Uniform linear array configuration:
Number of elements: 12
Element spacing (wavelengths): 1
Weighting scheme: kaiser
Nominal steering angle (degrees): -45
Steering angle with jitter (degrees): -45.167
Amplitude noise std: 0.05
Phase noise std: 0.05

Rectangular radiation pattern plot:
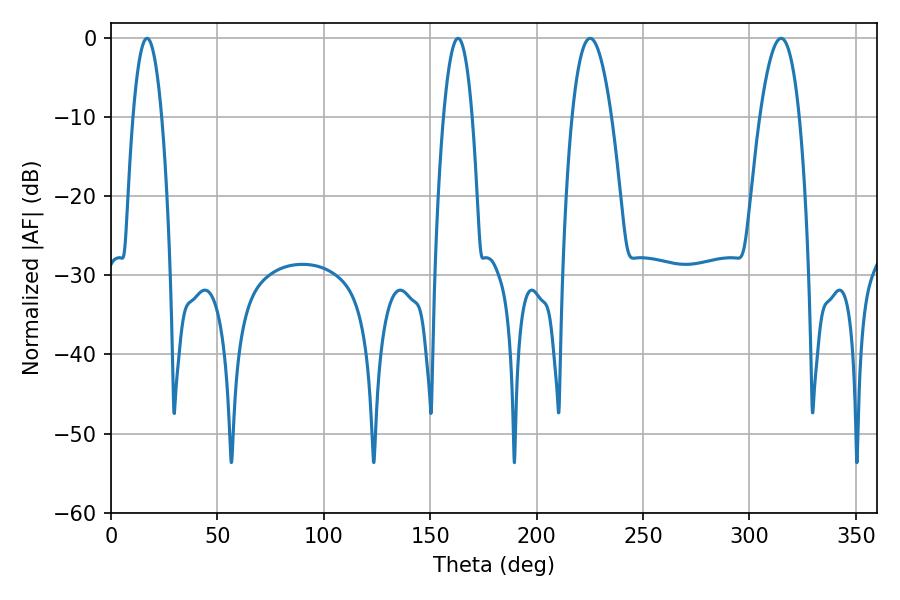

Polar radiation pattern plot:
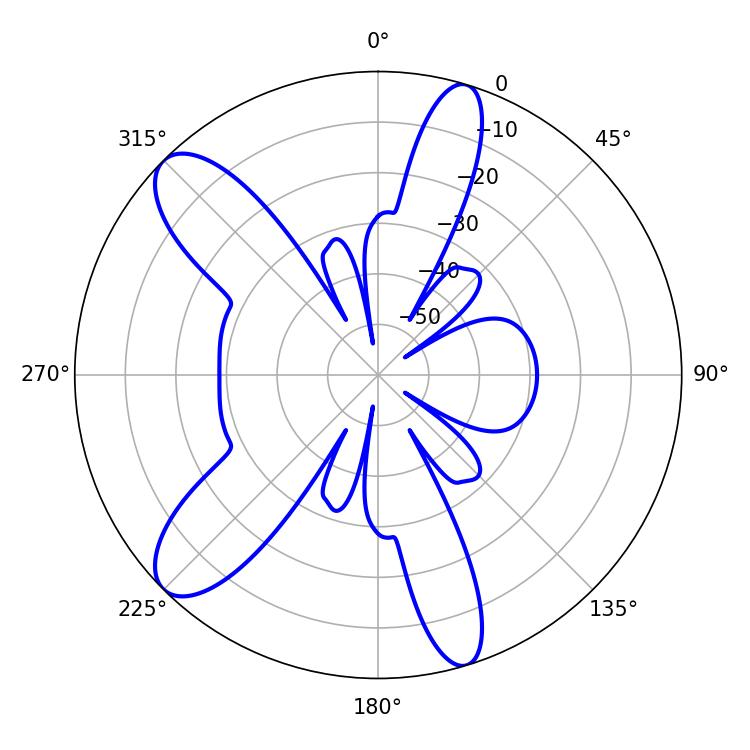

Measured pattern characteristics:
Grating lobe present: TRUE
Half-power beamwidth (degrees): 7.38
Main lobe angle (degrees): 16.92